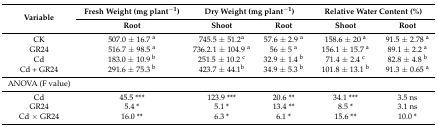
<table><thead><tr><td rowspan="2"><b>Variable</b></td><td><b>Fresh Weight (mg plant<sup>−1</sup>)</b></td><td colspan="3"><b>Dry Weight (mg plant<sup>−1</sup>)</b></td><td colspan="2"><b>Relative Water Content (%)</b></td></tr><tr><td colspan="2"><b>Root</b></td><td><b>Shoot</b></td><td><b>Root</b></td><td><b>Shoot</b></td><td><b>Root</b></td></tr></thead><tbody><tr><td>CK</td><td colspan="2">507.0 ± 16.7 <sup>a</sup></td><td>745.5 ± 51.2<sup>a</sup></td><td>57.6 ± 2.9 <sup>a</sup></td><td>158.6 ± 20 <sup>a</sup></td><td>91.5 ± 2.78 <sup>a</sup></td></tr><tr><td>GR24</td><td colspan="2">516.7 ± 98.5 <sup>a</sup></td><td>736.2.1 ± 104.9 <sup>a</sup></td><td>56 ± 5 <sup>a</sup></td><td>156.1 ± 15.7 <sup>a</sup></td><td>89.1 ± 2.2 <sup>a</sup></td></tr><tr><td>Cd</td><td colspan="2">183.0 ± 10.9 <sup>b</sup></td><td>251.5 ± 10.2 <sup>c</sup></td><td>32.9 ± 1.4 <sup>b</sup></td><td>71.4 ± 2.4 <sup>c</sup></td><td>82.8 ± 4.8 <sup>b</sup></td></tr><tr><td>Cd + GR24</td><td colspan="2">291.6 ± 75.3 <sup>b</sup></td><td>423.7 ± 44.1<sup>b</sup></td><td>34.9 ± 5.3 <sup>b</sup></td><td>101.8 ± 13.1 <sup>b</sup></td><td>91.3 ± 0.65 <sup>a</sup></td></tr><tr><td>ANOVA (F value)</td><td colspan="2"></td><td></td><td></td><td></td><td></td></tr><tr><td>Cd</td><td colspan="2">45.5 ***</td><td>123.9 ***</td><td>20.6 **</td><td>34.1 ***</td><td>3.5 ns</td></tr><tr><td>GR24</td><td colspan="2">5.4 *</td><td>5.1 *</td><td>13.4 **</td><td>8.5 *</td><td>3.1 ns</td></tr><tr><td>Cd × GR24</td><td colspan="2">16.0 **</td><td>6.3 *</td><td>6.1 *</td><td>15.6 **</td><td>10.0 *</td></tr></tbody></table>